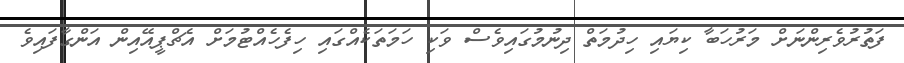
ފަތުރުވެރިންނަށް މަރުހަބާ ކިޔައި ހިދުމަތް ދިނުމުގައިވެސް ވަކި ހަމަތަކެއްގައި ހިފެހެއްޓުމަށް އެޗްޕީއޭއިން އަންގާފައިވެ